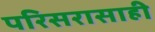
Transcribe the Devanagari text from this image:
परिसरासाही